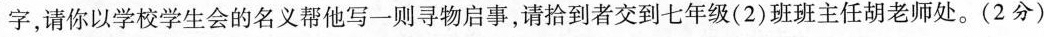
字，请你以学校学生会的名义帮他写一则寻物启事，请拾到者交到七年级(2)班班主任胡老师处。(2分)